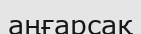
аңғарсақ